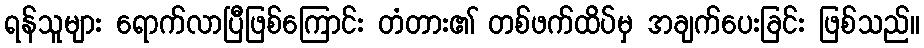
ရန်သူများ ရောက်လာပြီဖြစ်ကြောင်း တံတား၏ တစ်ဖက်ထိပ်မှ အချက်ပေးခြင်း ဖြစ်သည်။